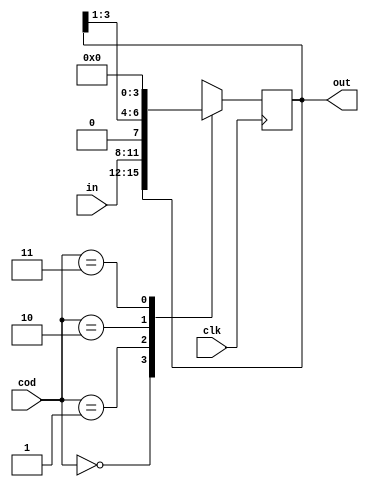
module registrador(in, cod, clk, out);
input wire[3:0] in;
input wire[1:0] cod;
input wire clk;
output reg[3:0] out;

//Cdigo das instrues dos registradores
parameter
HOLD = 2'b00,
LOAD = 2'b01,
SHIFTR = 2'b10,
RESET = 2'b11;

always@(negedge clk) begin
	case(cod)
		HOLD: out <= out;
		LOAD: out <= in;
		SHIFTR: out <= (out >> 1);
		RESET: out <= 4'b0000;
	endcase
end

endmodule